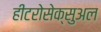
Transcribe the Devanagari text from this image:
हीटरोसेक्सुअल